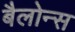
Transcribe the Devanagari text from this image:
बैलोन्स